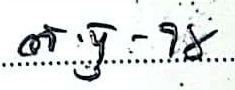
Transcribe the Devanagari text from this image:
ओं यु - १x